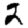
Digit: 2